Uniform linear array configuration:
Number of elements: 32
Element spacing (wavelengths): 0.5
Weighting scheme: kaiser
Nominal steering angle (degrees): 60
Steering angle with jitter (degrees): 61.195
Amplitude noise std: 0.05
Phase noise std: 0.05

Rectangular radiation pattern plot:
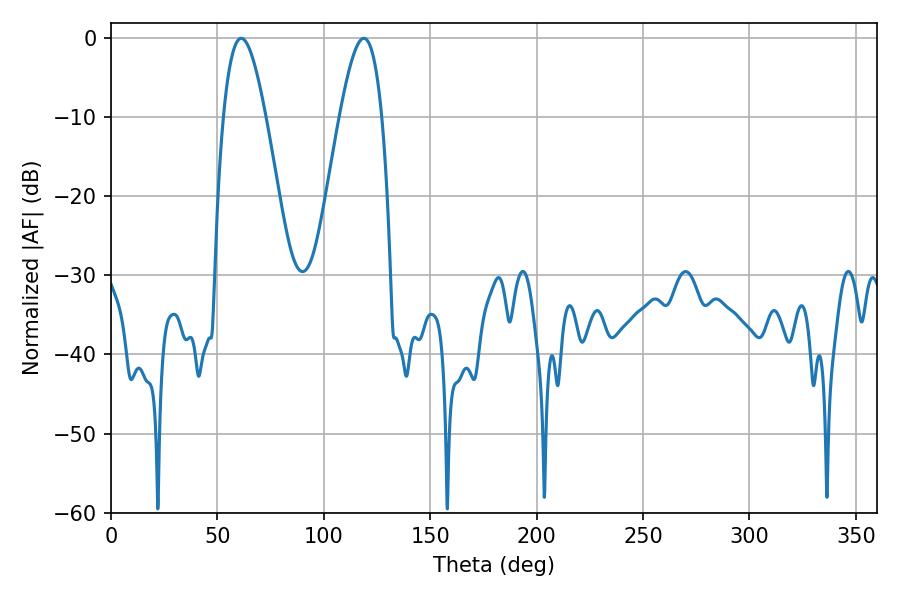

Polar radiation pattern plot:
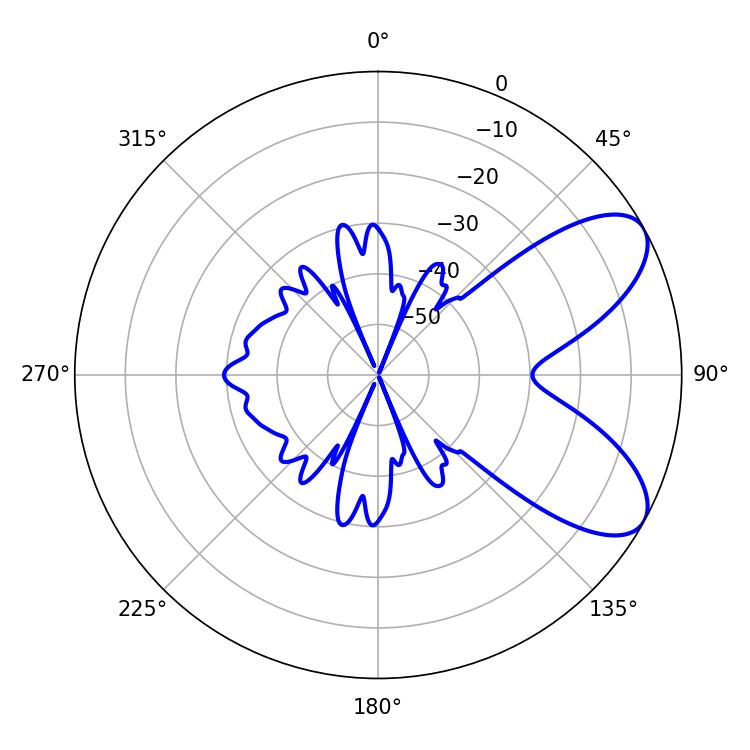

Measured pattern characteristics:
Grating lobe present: FALSE
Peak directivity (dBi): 7.452
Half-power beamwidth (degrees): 10.62
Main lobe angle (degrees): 61.2